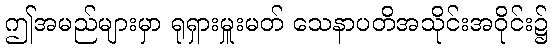
ဤအမည်များမှာ ရုရှားမှူးမတ် သေနာပတိအသိုင်းအဝိုင်း၌